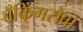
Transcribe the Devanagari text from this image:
बँकिंगसेवा